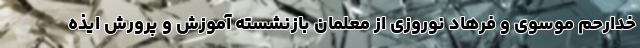
خدارحم موسوی و فرهاد نوروزی از معلمان بازنشسته آموزش و پرورش ایذه